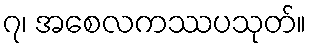
၇၊ အစေလကဿပသုတ်။